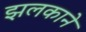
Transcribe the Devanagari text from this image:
झलकाने